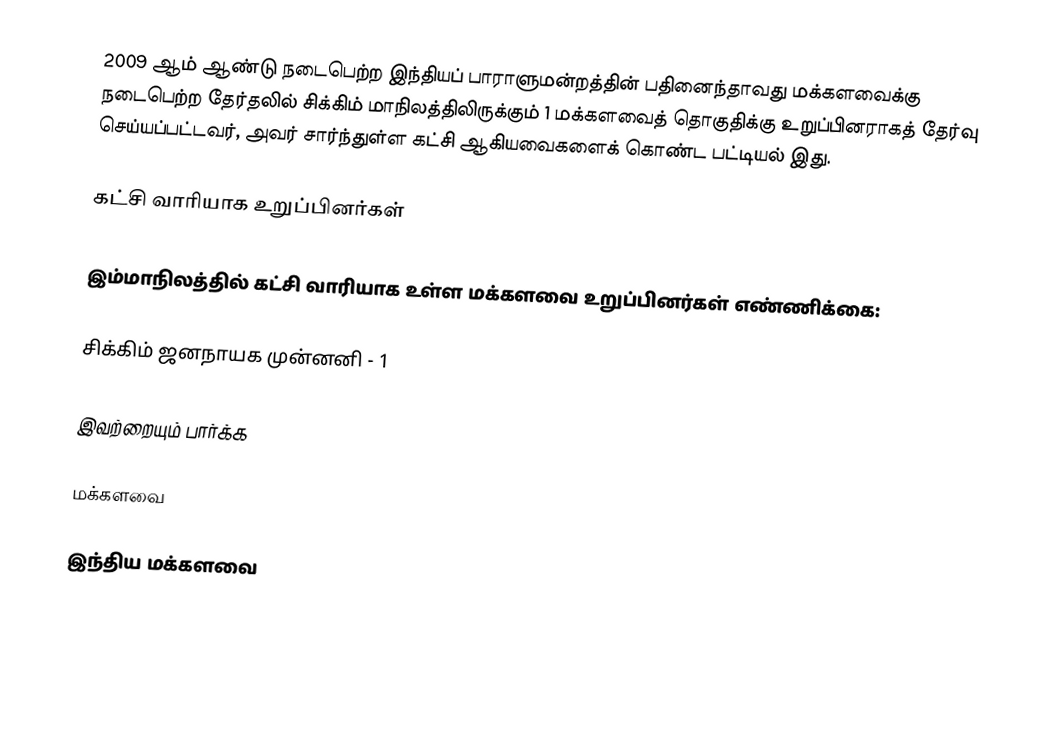
2009 ஆம் ஆண்டு நடைபெற்ற இந்தியப் பாராளுமன்றத்தின் பதினைந்தாவது மக்களவைக்கு நடைபெற்ற தேர்தலில் சிக்கிம் மாநிலத்திலிருக்கும் 1 மக்களவைத் தொகுதிக்கு உறுப்பினராகத் தேர்வு செய்யப்பட்டவர், அவர் சார்ந்துள்ள கட்சி ஆகியவைகளைக் கொண்ட பட்டியல் இது.

கட்சி வாரியாக உறுப்பினர்கள்

இம்மாநிலத்தில் கட்சி வாரியாக உள்ள மக்களவை உறுப்பினர்கள் எண்ணிக்கை:

சிக்கிம் ஜனநாயக முன்னனி - 1

இவற்றையும் பார்க்க

 மக்களவை

இந்திய மக்களவை